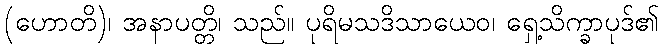
(ဟောတိ)၊ အနာပတ္တိ၊ သည်။ ပုရိမသဒိသာယေဝ၊ ရှေ့သိက္ခာပုဒ်၏